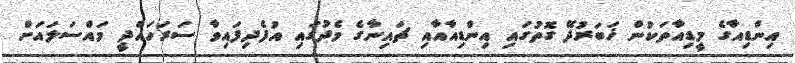
އިންޑިއާގެ މީޑިއާތަކުން ޚަބަރުދޭ ގޮތުގައި އިންޑިއާއާއި ޗައިނާގެ މެދުގައި އުފެދިފައިވާ ސަރަހައްދީ މައްސަލައަށް